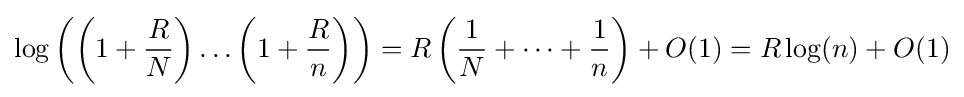
\log \left(\left(1+{\frac {R}{N}}\right)\dots \left(1+{\frac {R}{n}}\right)\right)=R\left({\frac {1}{N}}+\dots +{\frac {1}{n}}\right)+O(1)=R\log(n)+O(1)